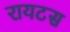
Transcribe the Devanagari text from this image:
रायटस